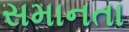
સમાનતા